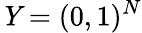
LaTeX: \mathit{Y}=(0,1)^{N}